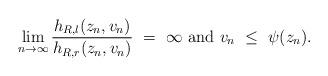
LaTeX: \begin{align*} \lim_{n\rightarrow \infty}\frac{h_{R,l}(z_n, v_n)}{h_{R,r}(z_n, v_n)}\ =\ \infty\mbox{ and }v_n\ \le\ \psi(z_n). \end{align*}